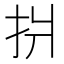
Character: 𢪫